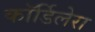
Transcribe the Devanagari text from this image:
कॉर्डिलेरा